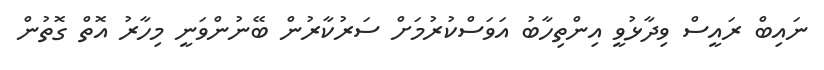
ނައިބް ރައީސް ވިދާޅުވީ އިންތިހާބު އަވަސްކުރުމަށް ސަރުކާރުން ބޭނުންވަނީ މިހާރު އޮތް ގޮތުން